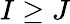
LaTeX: I\geq J